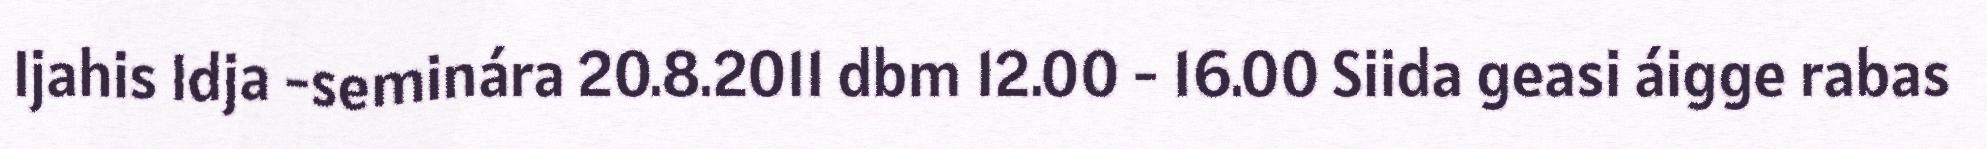
Ijahis Idja -seminára 20.8.2011 dbm 12.00 - 16.00 Siida geasi áigge rabas